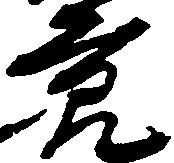
節